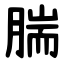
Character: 腨